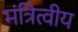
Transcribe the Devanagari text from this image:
मंत्रित्वीय